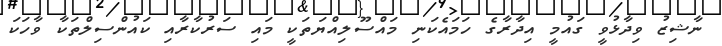
ނާޝިޒު ވިދާޅުވީ ގައުމީ އިދާރާގެ ހަމައެކަނި މައްސޫލިއްޔަތަކީ މައި ސަރުކާރާއި ކައުންސިލްތަކާ ވާހަކަ